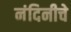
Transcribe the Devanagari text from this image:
नंदिनीचे